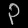
Digit: ၃